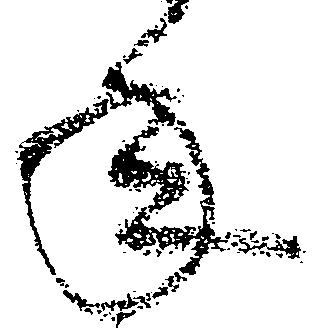
年